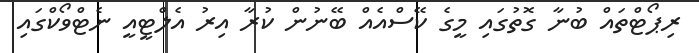
ރިޕޯޓްތައް ބުނާ ގޮތުގައި މީގެ ކޭސްއެއް ބޭނުން ކުރާ އިރު އެލްޓީއީ ނެޓްވޯކްގައި